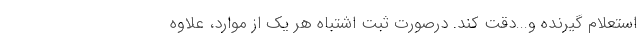
استعلام گیرنده و...دقت کند. درصورت ثبت اشتباه هر یک از موارد، علاوه